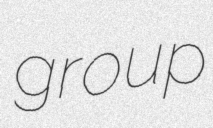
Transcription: group